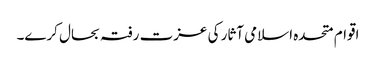
اقوام متحدہ اسلامی آثار کی عزت رفتہ بحال کرے۔